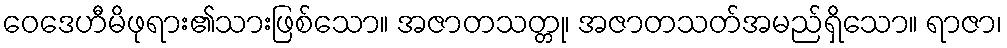
ဝေဒေဟီမိဖုရား၏သားဖြစ်သော။ အဇာတသတ္တု၊ အဇာတသတ်အမည်ရှိသော။ ရာဇာ၊